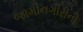
જામીનગીરીની